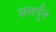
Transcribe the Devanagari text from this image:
समर्पून